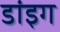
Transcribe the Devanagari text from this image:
डांइग